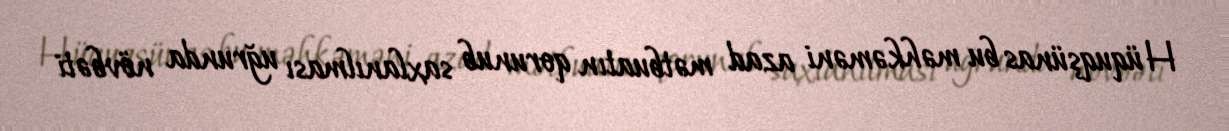
Hüquqşünas bu məhkəməni azad mətbuatın qorunub saxlanılması uğrunda növbəti